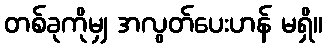
တစ်ခုကိုမျှ အလွတ်ပေးဟန် မရှိ။